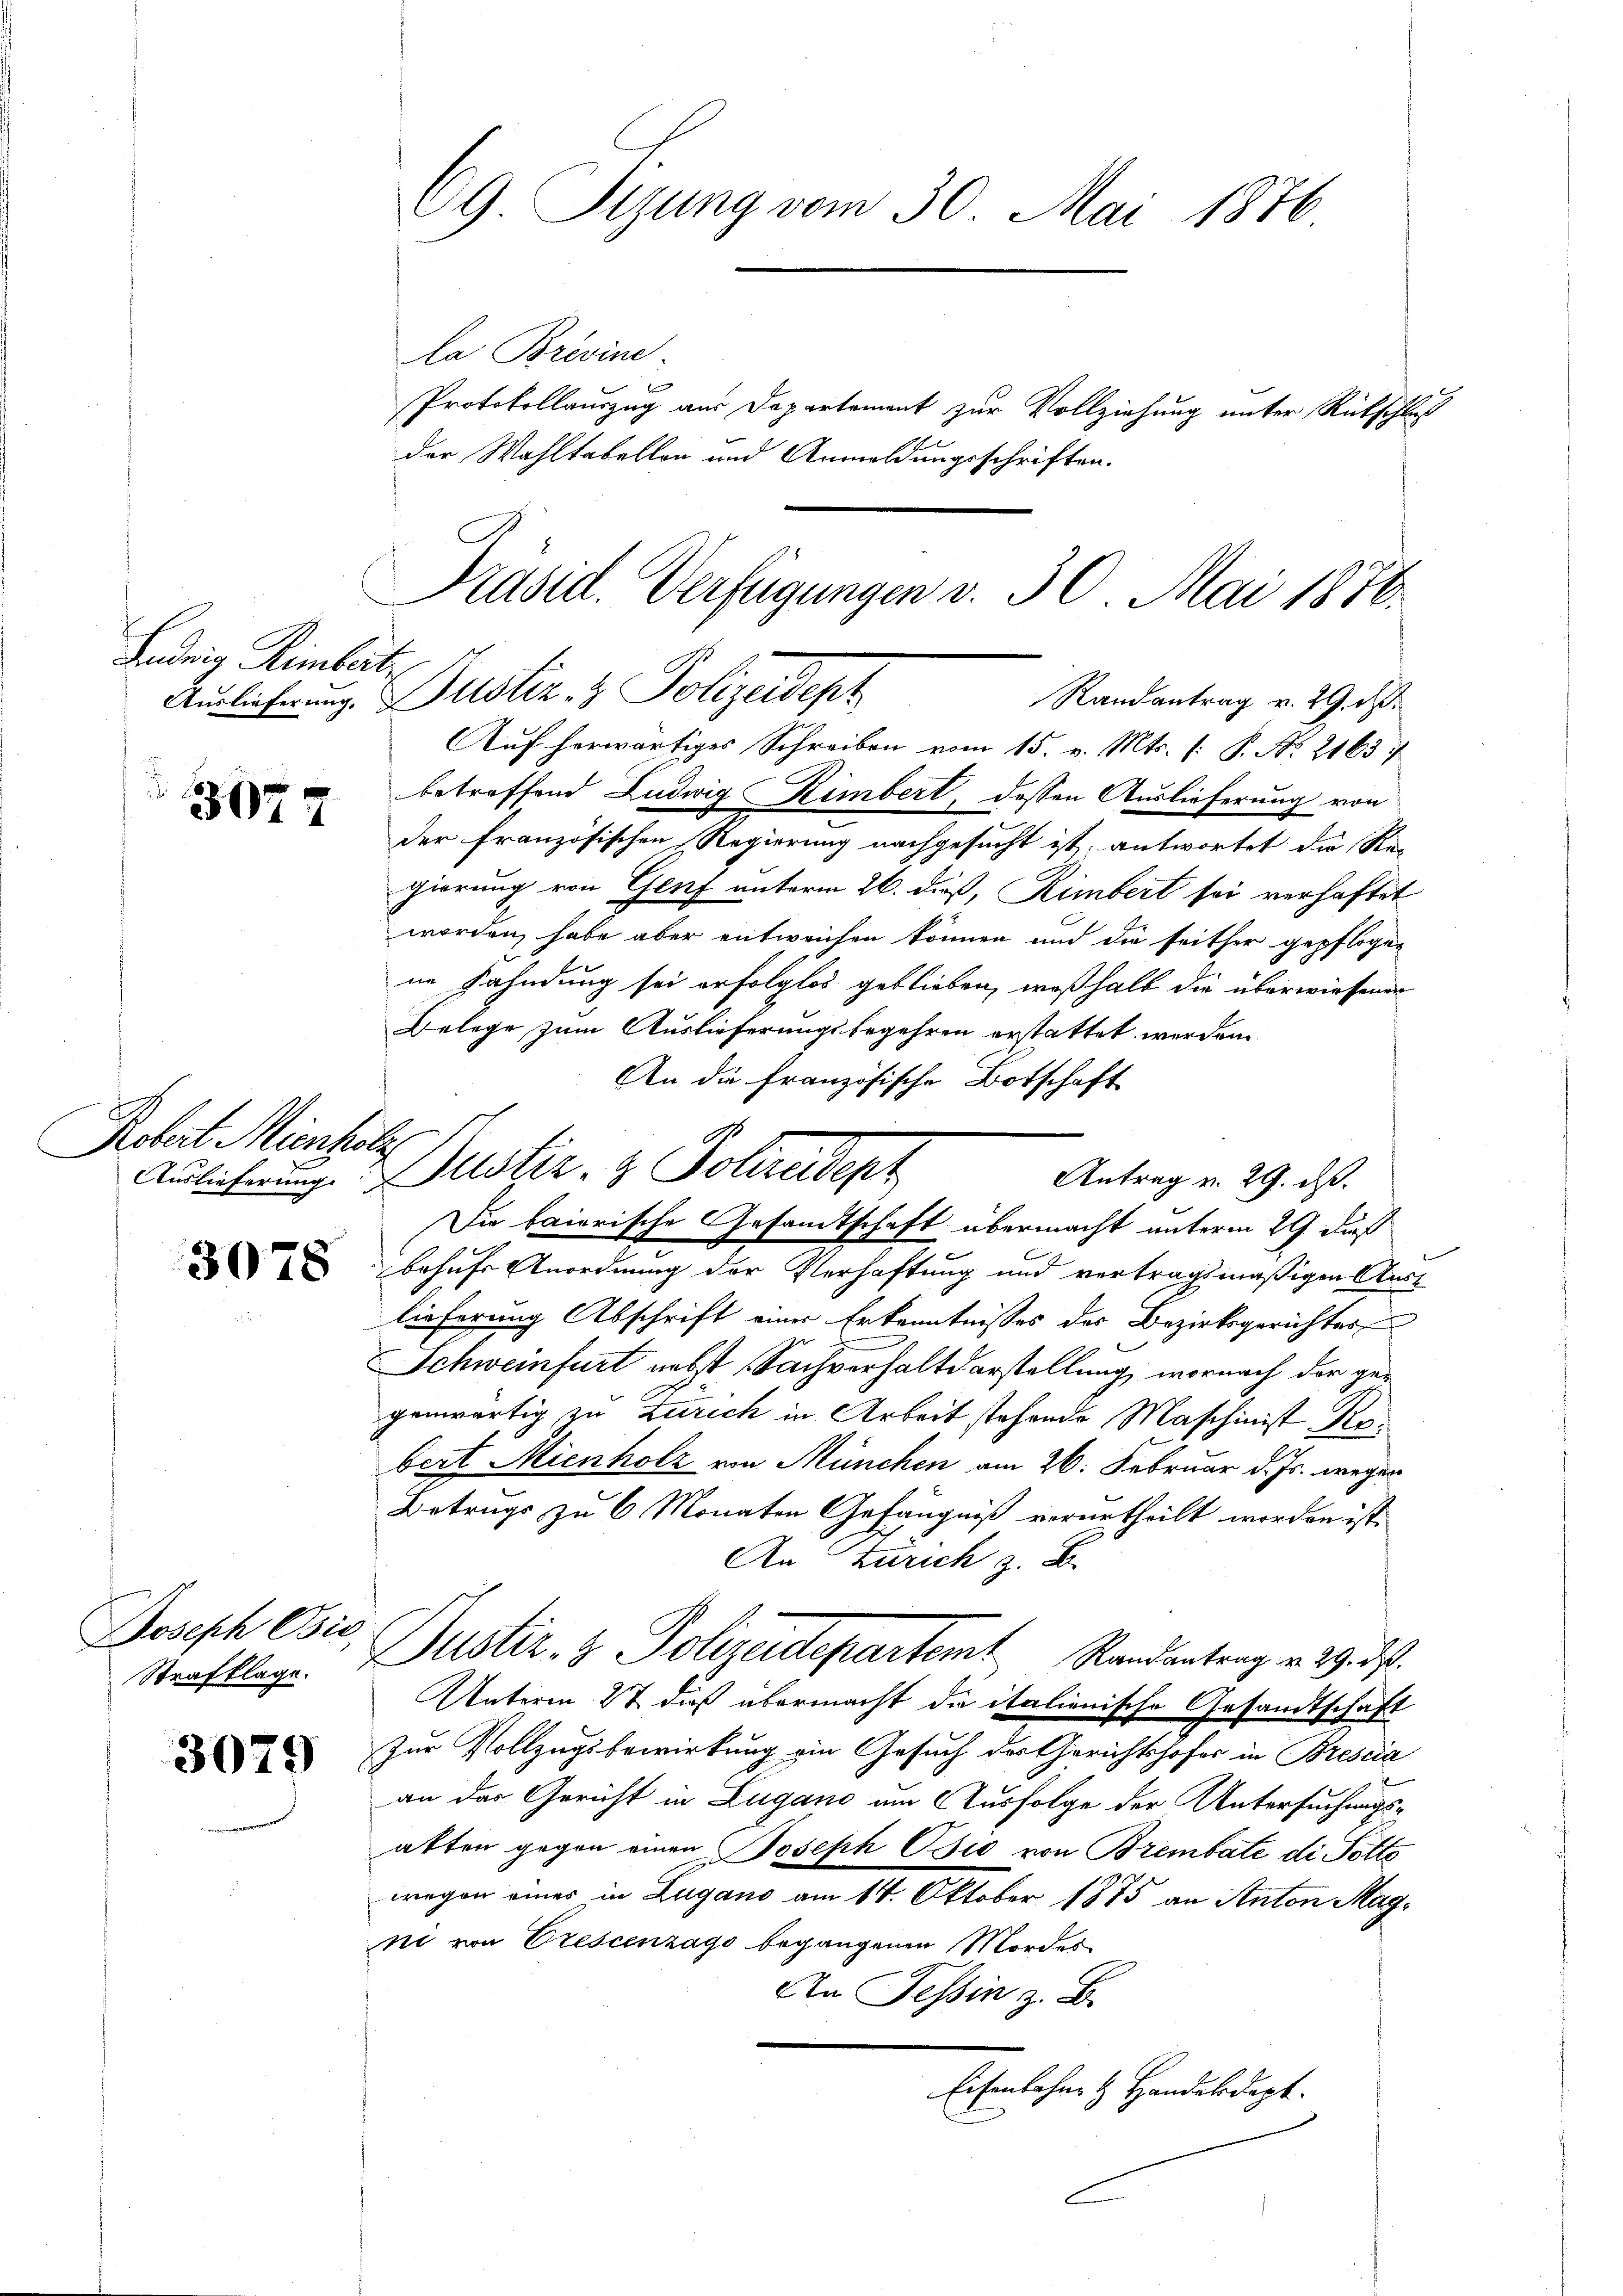
Ludwig Rimbert
Auslieferung.

3077

Robert Mienholz

3078

Joseph Osić,
Strafklage.

3079

69 Sizung vom 30. Mai 1876
la Brevine

Protokollauszug aus Departement zur Vollziehung unter Rückschluß
der Wahltabellen und Anmeldungsschriften.

Präsid. Verfügungen v. 30. Mai 1876.
Justiz- & Polizeidept
Randantrag v. 29. d.

Auf herwärtiges Schreiben vom 15. v. Mts. (: P. No. 2163
betreffend Ludwig Rimbert, dessen Auslieferung von
der französischen Regierung nachgesucht ist, antwortet die Re-
gierung von Genf unterm 26. dieß, Rimbert sei verhaftet
worden, habe aber entweichen können und die seither gepflogen
ne Fahndung sei erfolglos geblieben, weßhalb die überwiesenen
Belege zum Auslieferungsbegehren erstattet werden.
An die Französische Botschaft
Die baierische Gesamtschaft übermacht unterm 29. daß
behufs Anordnung der Verhaftung und vertragsmäßigen Aust
lieferung Abschrift einer Erkenntnisses des Bezirksgerichtes
Schweinfurt nebst Sachverhaltdarstellung, wornach der gegenwärtig zu Zürich in Arbeit stehende Maschinist Robert Mienholz von München am 26. Februar d. Js. wegen
Betrugs zu 6 Monaten Gefängniß verurtheilt worden ist,
An Zürich z. B.
Justiz- & Polizeidepartem Randantrag v. 29. ds.
Unterm 27. dieß übermacht die italienische Gesandtschaft
Zur Vollzugsbewirkung ein Gesuch der Gerichtshofes in Brescia
an das Gericht in Lugano am Ausfolge der Untersuchungsatten gegen einen Joseph Pio von Brembate di Polte
wegen einer in Zugano am 14. Oktober 1875 an Anton Magne von Crescenzago begangenen Mordes
An Tessin z. B.
Eisenbahne & Handakdept.

Auslicherung Dustiz- & Polizeidept

Antrag u. 29. ds.